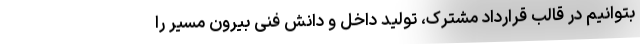
بتوانیم در قالب قرارداد مشترک، تولید داخل و دانش فنی بیرون مسیر را